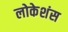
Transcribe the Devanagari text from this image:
लोकेशंस